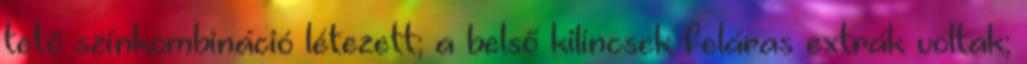
tető színkombináció létezett; a belső kilincsek feláras extrák voltak;